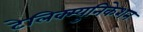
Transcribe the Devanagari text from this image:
टेलिक्म्युनिकेशन